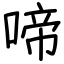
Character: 啼